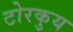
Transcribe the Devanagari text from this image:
टोरकुय